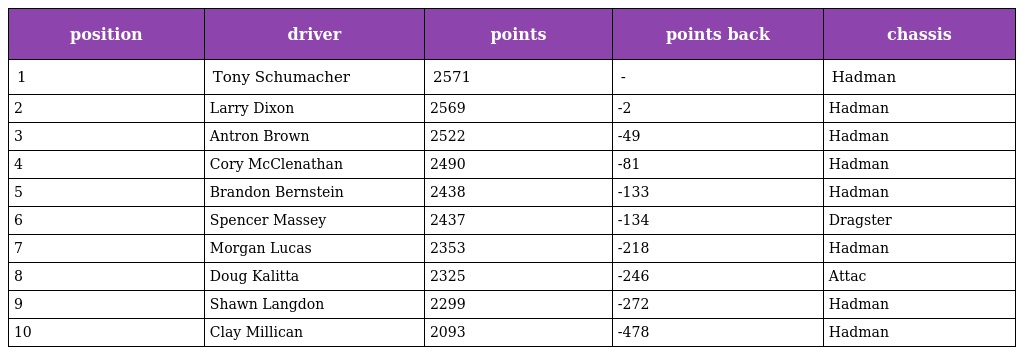
| position | driver | points | points back | chassis |
 | --- | --- | --- | --- | --- |
 | 1 | Tony Schumacher | 2571 | - | Hadman |
 | 2 | Larry Dixon | 2569 | -2 | Hadman |
 | 3 | Antron Brown | 2522 | -49 | Hadman |
 | 4 | Cory McClenathan | 2490 | -81 | Hadman |
 | 5 | Brandon Bernstein | 2438 | -133 | Hadman |
 | 6 | Spencer Massey | 2437 | -134 | Dragster |
 | 7 | Morgan Lucas | 2353 | -218 | Hadman |
 | 8 | Doug Kalitta | 2325 | -246 | Attac |
 | 9 | Shawn Langdon | 2299 | -272 | Hadman |
 | 10 | Clay Millican | 2093 | -478 | Hadman |